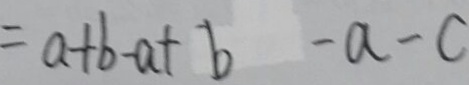
= a + b - a + b - a - c